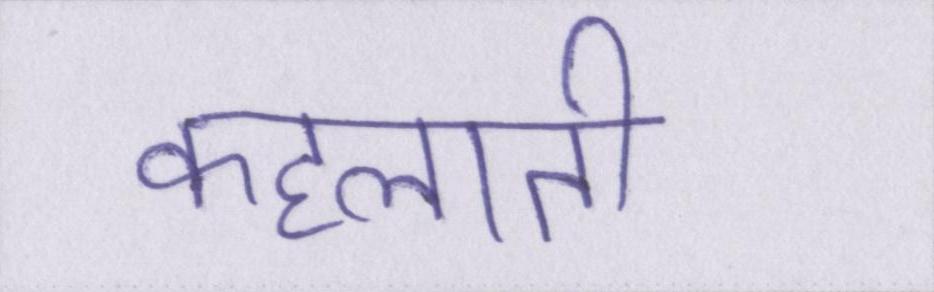
कहलाती